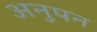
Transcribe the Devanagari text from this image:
अनुपन